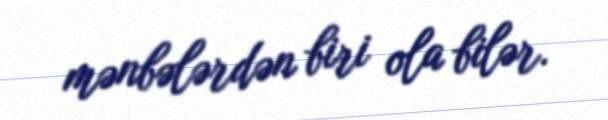
mənbələrdən biri ola bilər.